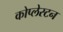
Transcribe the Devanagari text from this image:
कोप्लेस्टन